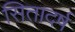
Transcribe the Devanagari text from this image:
सितादर्ष